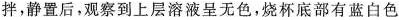
拌，静置后，观察到上层溶液呈无色，烧杯底部有蓝白色